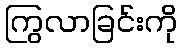
ကြွလာခြင်းကို